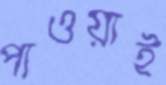
পাওয়াই